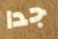
جدا